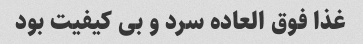
غذا فوق العاده سرد و بی کیفیت بود